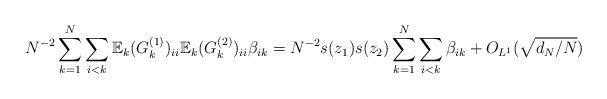
LaTeX: \begin{align*}&N^{-2}\sum_{k=1}^{N}\sum_{i<k}\mathbb{E}_{k}(G^{(1)}_{k})_{ii}\mathbb{E}_{k}(G^{(2)}_{k})_{ii}\beta_{ik} = N^{-2}s(z_{1})s(z_{2})\sum_{k=1}^{N}\sum_{i<k}\beta_{ik}+O_{L^1}(\sqrt{d_{N}/N}) \end{align*}